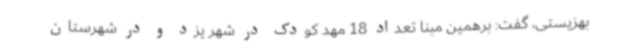
بهزیستی، گفت: برهمین مبنا تعداد 18 مهد کودک در شهر یزد و در شهرستان